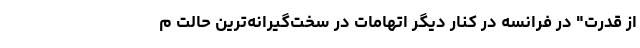
از قدرت" در فرانسه در کنار دیگر اتهامات در سخت‌گیرانه‌ترین حالت م